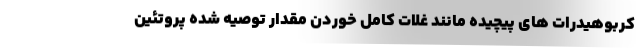
کربوهیدرات های پیچیده مانند غلات کامل خوردن مقدار توصیه شده پروتئین